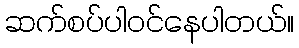
ဆက်စပ်ပါဝင်နေပါတယ်။